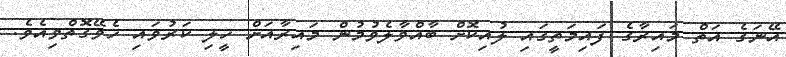
އޭނަގެ އަތް މައިރާގެ ފައިމަތީގައި ލުއިކޮށް ބާއްވާލެވުމުން މައިރާއަށް ހީލި ކަރުވައި ހެވޭގޮތްވިއެވެ.